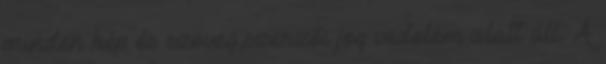
minden kép és szöveg,szerzői jog vedelem alatt áll. A